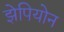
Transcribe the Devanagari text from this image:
झेपियोन